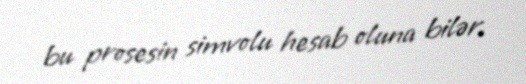
bu prosesin simvolu hesab oluna bilər.